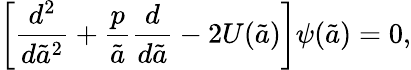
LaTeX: \left[{\frac{d^{2}}{d{\tilde{a}}^{2}}}+{\frac{p}{\tilde{a}}}{\frac{d}{d\tilde{a}}}-2U(\tilde{a})\right]\psi(\tilde{a})=0,